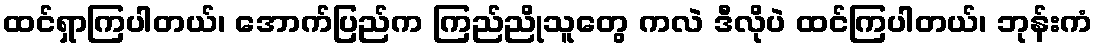
ထင်ရှာကြပါတယ်၊ အောက်ပြည်က ကြည်ညိုသူတွေ ကလဲ ဒီလိုပဲ ထင်ကြပါတယ်၊ ဘုန်းကံ